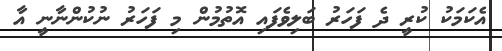
އެކަމަކު ކުރީ ދެ ފަހަރު ބަލިވެފައި އޮތުމުން މި ފަހަރު ނުކުންނާނީ އާ